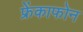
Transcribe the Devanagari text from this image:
फ्रेंकाफोन